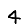
Digit: 4